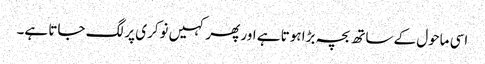
اسی ماحول کے ساتھ بچہ بڑا ہوتا ہے اور پھر کہیں نوکری پر لگ جاتا ہے۔